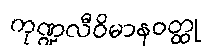
ကုဏ္ဍလီဝိမာနဝတ္ထု